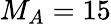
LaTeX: M_{A}=15